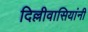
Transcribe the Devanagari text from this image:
दिल्लीवासियांनी